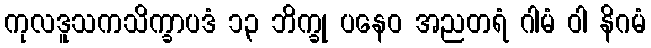
ကုလဒူသကသိက္ခာပဒံ ၁၃ ဘိက္ခု ပနေဝ အညတရံ ဂါမံ ဝါ နိဂမံ